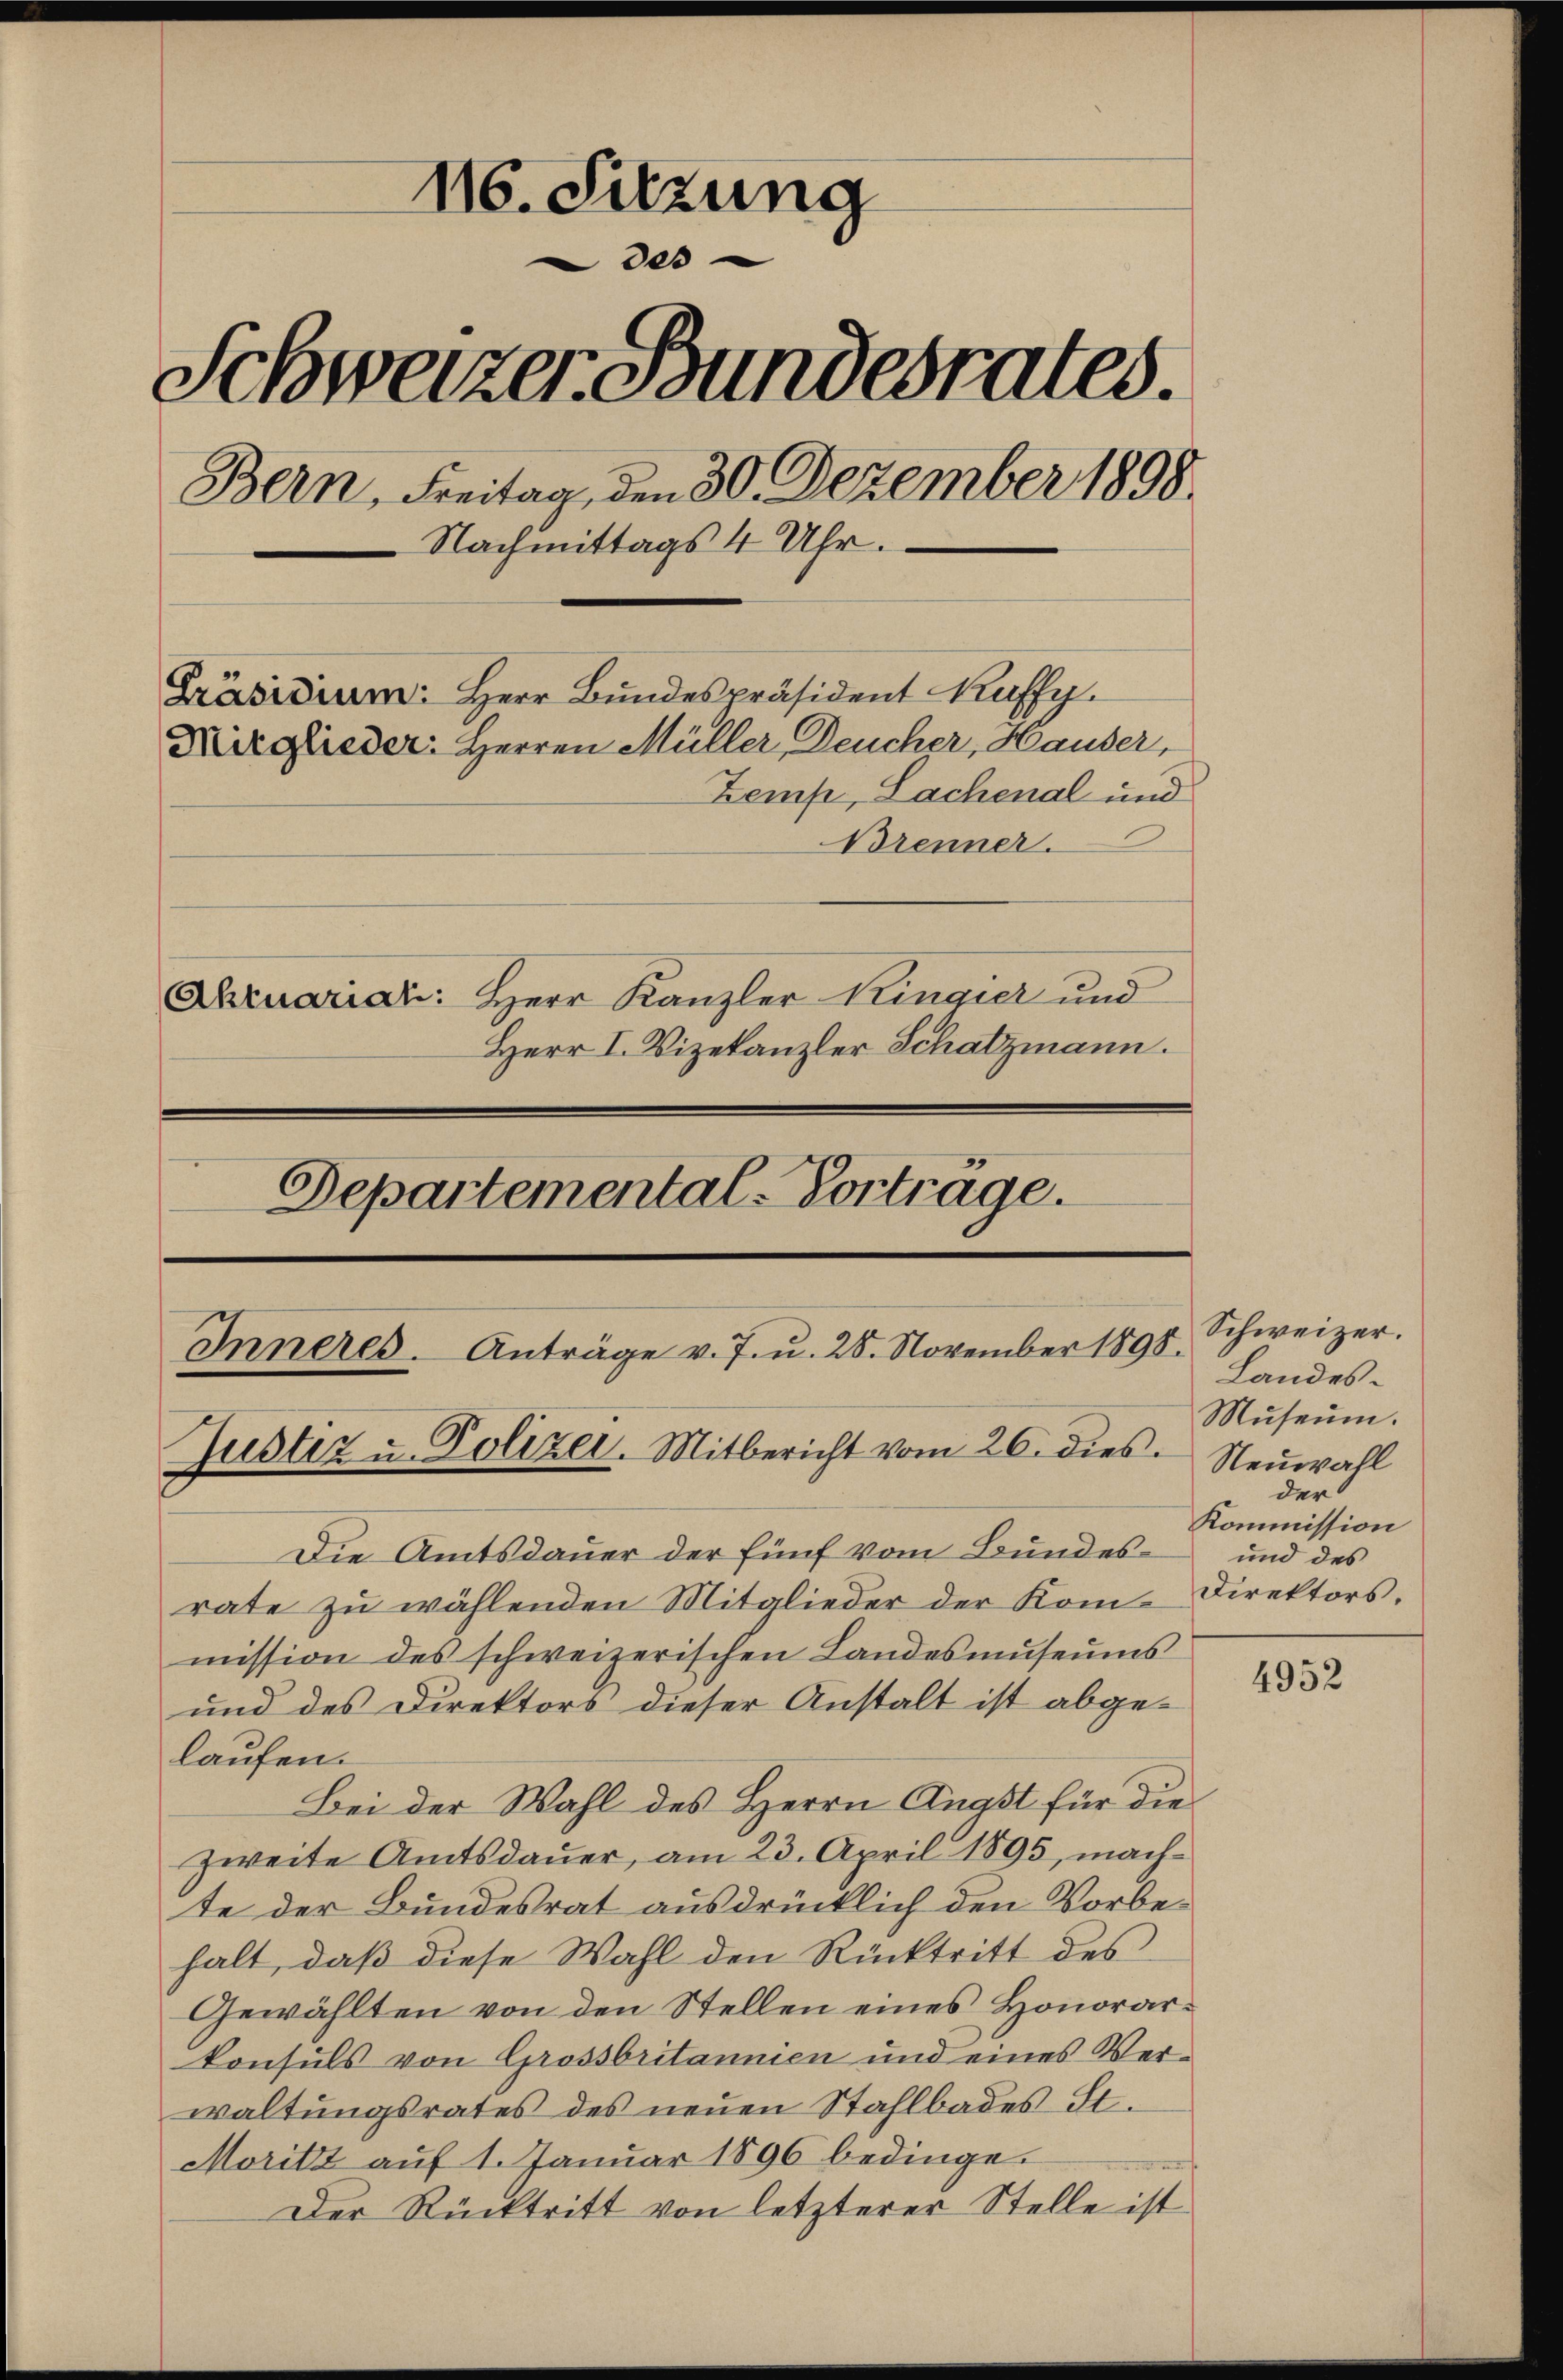
116. Sitzung
des
Schweizer Bundesrates
Bern, Freitag, den 30. Dezember 1898
Nachmittags 4 Uhr.
Präsidium. Herr Bundespräsident Kaffy.
Mitglieder: Herren Müller Deucher, Hauser,
Zemp, Lachenal und
Brenner.
Abruariati: Herr Kanzler Ringier und
Herr I. Vizekanzler Schatzmann.
Departemental-Vortrage.

Inneres. Anträge v. 7. u. 28. November 1898.
Justiz u. Polizer. Mitbericht vom 26. dies

Die Amtsdauer der fünf vom Bundesrate zŭ wählenden Mitglieder der Kom-Direktors.
mission des schweizerischen Landesmuseums
und des Direktors dieser Anstalt ist abgelaufen.
Bei der Wahl des Herrn Anast für die
zweite Amtsdauer, am 23. April 1895, machte der Bundesrat ausdrücklich den Vorbehalt, daß diese Wahl den Rücktritt des
Gewählten von den Stellen eines Honorarkonsuls von Grossbritannien und eines Verwaltungsrates des neŭen Stahlbades St.
Moritz auf 1. Januar 1896 bedinge.
Der Rücktritt von letzterer Stelle ist

Schweizer.
Landes¬
Museum.
Neuwahl
der
Kommission
und des

4952